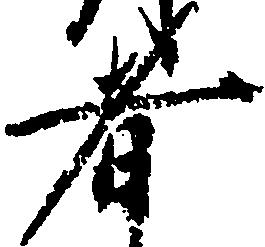
者